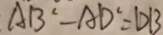
A B ^ { 2 } - A D ^ { 2 } = D B